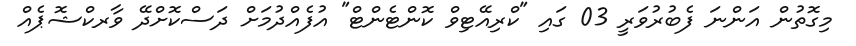
މިގޮތުން އަންނަ ފެބުރުވަރީ 03 ގައި "ކްރިއޭޓިވް ކޮންޓެންޓް" އުފެއްދުމަށް ދަސްކޮށްދޭ ވާރކްޝޮޕެއް